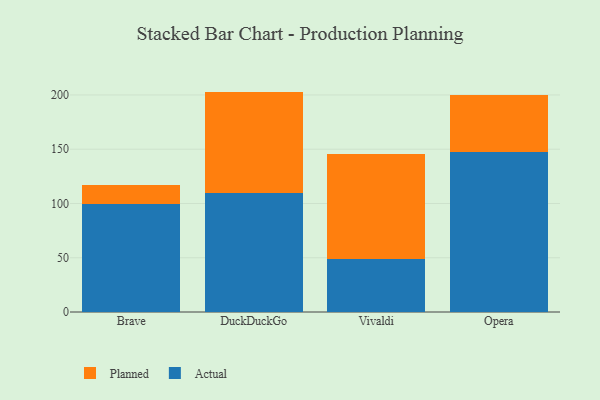
{"axis": {"x": "Browser", "y": "Revenue (USD Million)"}, "legend": ["Actual", "Planned"], "data": [{"x": "Brave", "y": 99.1, "type": "Actual"}, {"x": "Brave", "y": 17.8, "type": "Planned"}, {"x": "DuckDuckGo", "y": 109.9, "type": "Actual"}, {"x": "DuckDuckGo", "y": 93.2, "type": "Planned"}, {"x": "Vivaldi", "y": 48.6, "type": "Actual"}, {"x": "Vivaldi", "y": 97.0, "type": "Planned"}, {"x": "Opera", "y": 147.3, "type": "Actual"}, {"x": "Opera", "y": 52.9, "type": "Planned"}]}